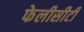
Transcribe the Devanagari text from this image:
फेलीसीटी